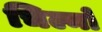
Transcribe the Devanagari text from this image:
चिल्मों